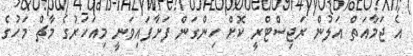
އެ ޖަމާއަތް އަލުން ރަޖިސްޓްރީ ކޮށް ހިންގަން ފަށާފައިވަނީ މިއަހަރުގެ މާޗް މަހުގެ